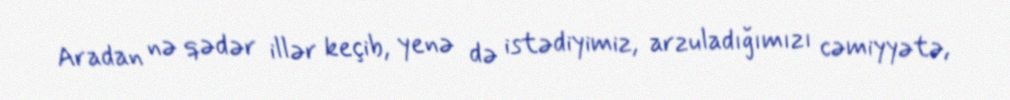
Aradan nə qədər illər keçib, yenə də istədiyimiz, arzuladığımızı cəmiyyətə,